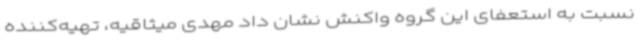
نسبت به استعفای این گروه واکنش نشان داد مهدی میثاقیه، تهیه‌کننده